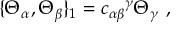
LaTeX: \{ \Theta _ { \alpha } , \Theta _ { \beta } \} _ { 1 } = { c _ { \alpha \beta } } ^ { \gamma } \Theta _ { \gamma } \ ,